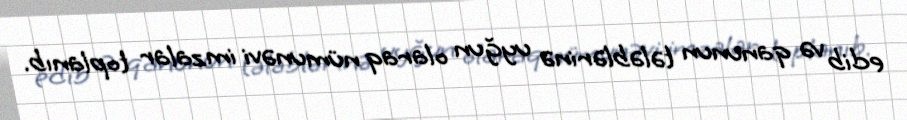
edib və qanunun tələblərinə uyğun olaraq nümunəvi imzalar toplanıb.